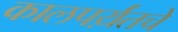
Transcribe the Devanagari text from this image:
कालपर्य़ंतचे